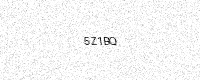
Text: 5Z1BQ